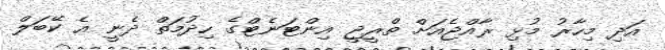
އަދި މިހާރު މުޅި ރާއްޖެއަށް ތްރީޖީ އިންޓަނެޓްގެ ހިދުމަތް ދެނީ އެ ކޭބަލް